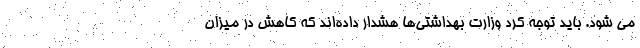
می شود. باید توجه کرد وزارت بهداشتی‌ها هشدار داده‌اند که کاهش در میزان